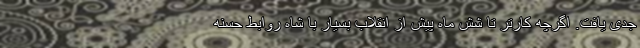
جدی یافت. اگرچه کارتر تا شش ماه پیش از انقلاب بسیار با شاه روابط حسنه